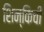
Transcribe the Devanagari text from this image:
शिन्किची